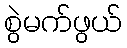
စွဲမက်ဖွယ်